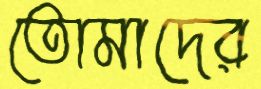
তোমাদের